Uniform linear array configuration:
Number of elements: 12
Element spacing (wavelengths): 0.25
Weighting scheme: uniform
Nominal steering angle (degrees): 30
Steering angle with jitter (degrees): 28.308
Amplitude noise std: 0.05
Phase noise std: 0.05

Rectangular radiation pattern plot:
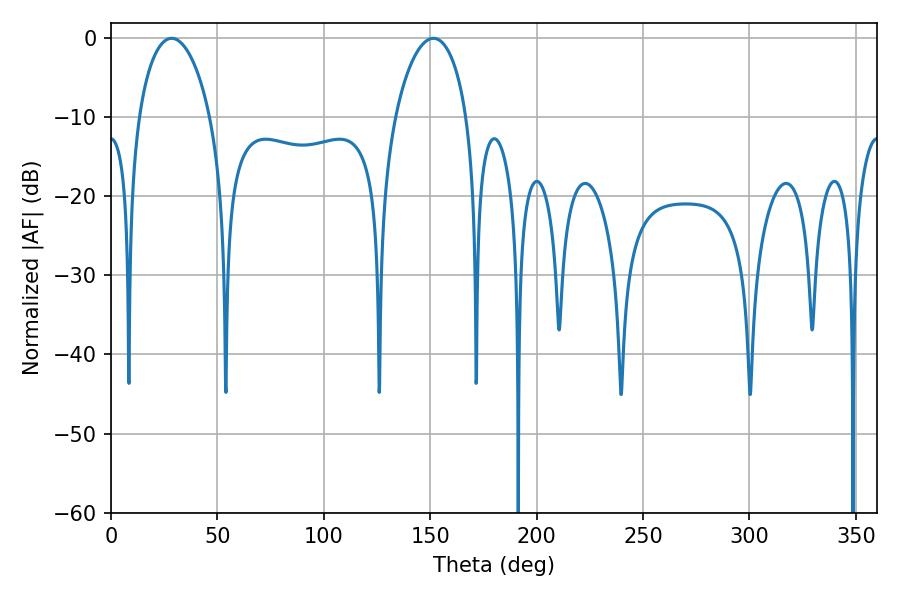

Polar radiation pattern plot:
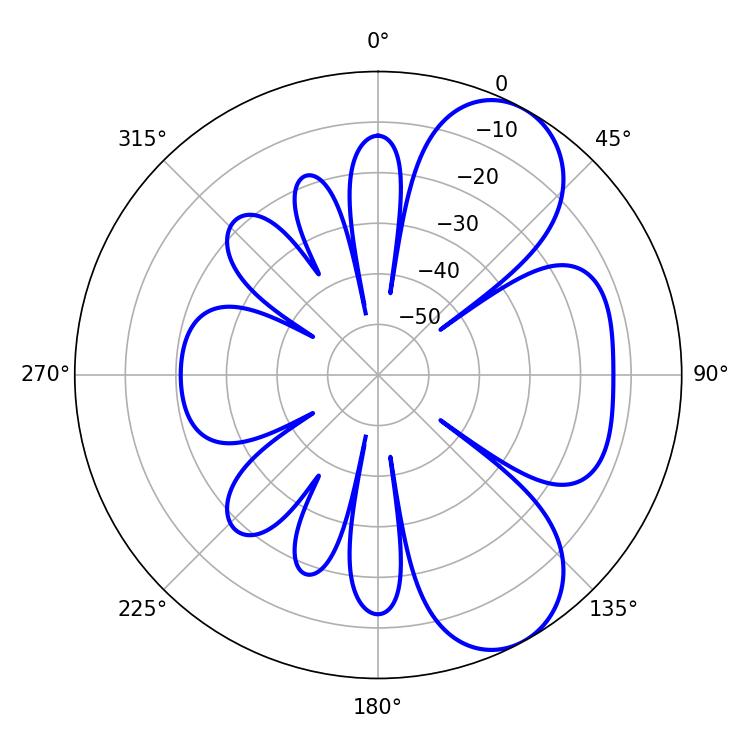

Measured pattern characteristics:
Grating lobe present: FALSE
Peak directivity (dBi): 7.294
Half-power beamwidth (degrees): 19.26
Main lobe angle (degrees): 28.44